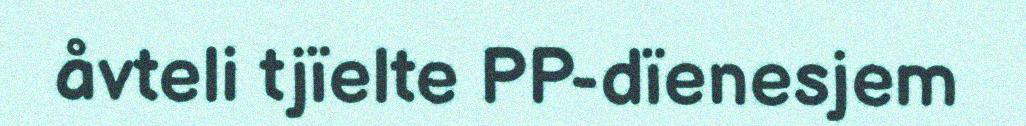
åvteli tjïelte PP-dïenesjem